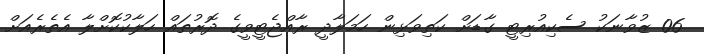
06 ޒުވާނަކު ސެކިއުރިޓީ ގާޑަށް ކަތިވަޅިން ހަމަލާދީ ރާއްޖެޓީވީގެ ދޮރުތައް ހަލާކުކޮށްލާ އެތެރެއަށް